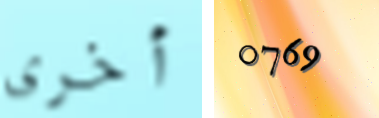
أخرى 0769